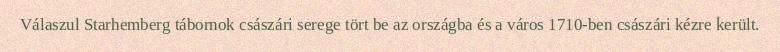
Válaszul Starhemberg tábornok császári serege tört be az országba és a város 1710-ben császári kézre került.